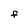
Character: f